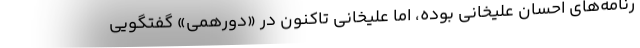
رنامه‌های احسان علیخانی بوده، اما علیخانی تاکنون در «دورهمی» گفتگویی